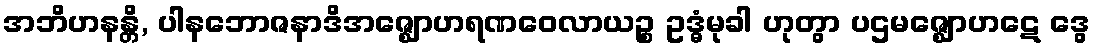
အဘိဟနန္တိ, ပါနဘောဇနာဒိအဇ္ဈောဟရဏဝေလာယဉ္စ ဥဒ္ဓံမုခါ ဟုတွာ ပဌမဇ္ဈောဟဋေ ဒွေ